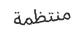
منتظمة